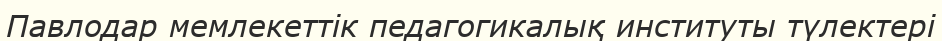
Павлодар мемлекеттік педагогикалық институты түлектері